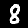
Label: 8